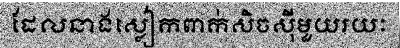
ដែលនាងស្លៀកពាក់សិចស៊ីមួយរយៈ